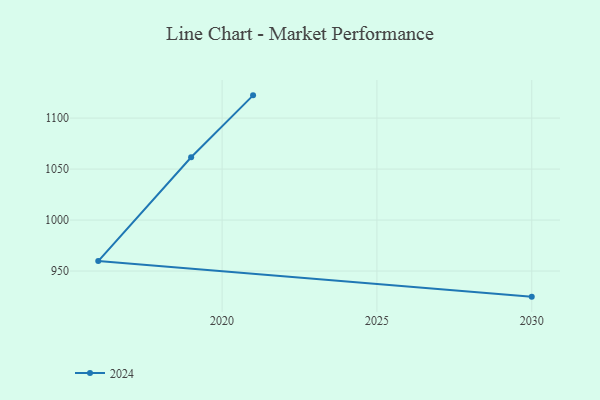
{"axis": {"x": "Year", "y": "Customer Acquisition Cost (USD)"}, "legend": ["2024"], "data": [{"x": "2021", "y": 1122.3, "type": "2024"}, {"x": "2019", "y": 1061.6, "type": "2024"}, {"x": "2016", "y": 959.8, "type": "2024"}, {"x": "2030", "y": 924.9, "type": "2024"}]}